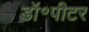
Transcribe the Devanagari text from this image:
डॉ॰पीटर